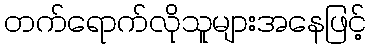
တက်ရောက်လိုသူများအနေဖြင့်